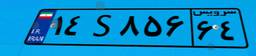
۱۴S۸۵۶۶۴